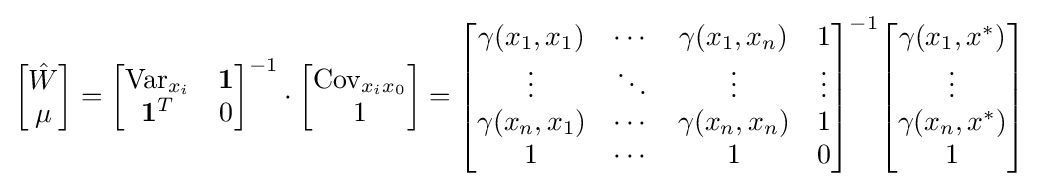
{\begin{bmatrix}{\hat {W}}\\\mu \end{bmatrix}}={\begin{bmatrix}\operatorname {Var} _{x_{i}}&\mathbf {1} \\\mathbf {1} ^{T}&0\end{bmatrix}}^{-1}\cdot {\begin{bmatrix}\operatorname {Cov} _{x_{i}x_{0}}\\1\end{bmatrix}}={\begin{bmatrix}\gamma (x_{1},x_{1})&\cdots &\gamma (x_{1},x_{n})&1\\\vdots &\ddots &\vdots &\vdots \\\gamma (x_{n},x_{1})&\cdots &\gamma (x_{n},x_{n})&1\\1&\cdots &1&0\end{bmatrix}}^{-1}{\begin{bmatrix}\gamma (x_{1},x^{*})\\\vdots \\\gamma (x_{n},x^{*})\\1\end{bmatrix}}